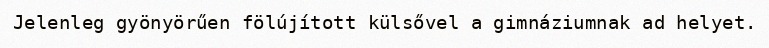
Jelenleg gyönyörűen fölújított külsővel a gimnáziumnak ad helyet.